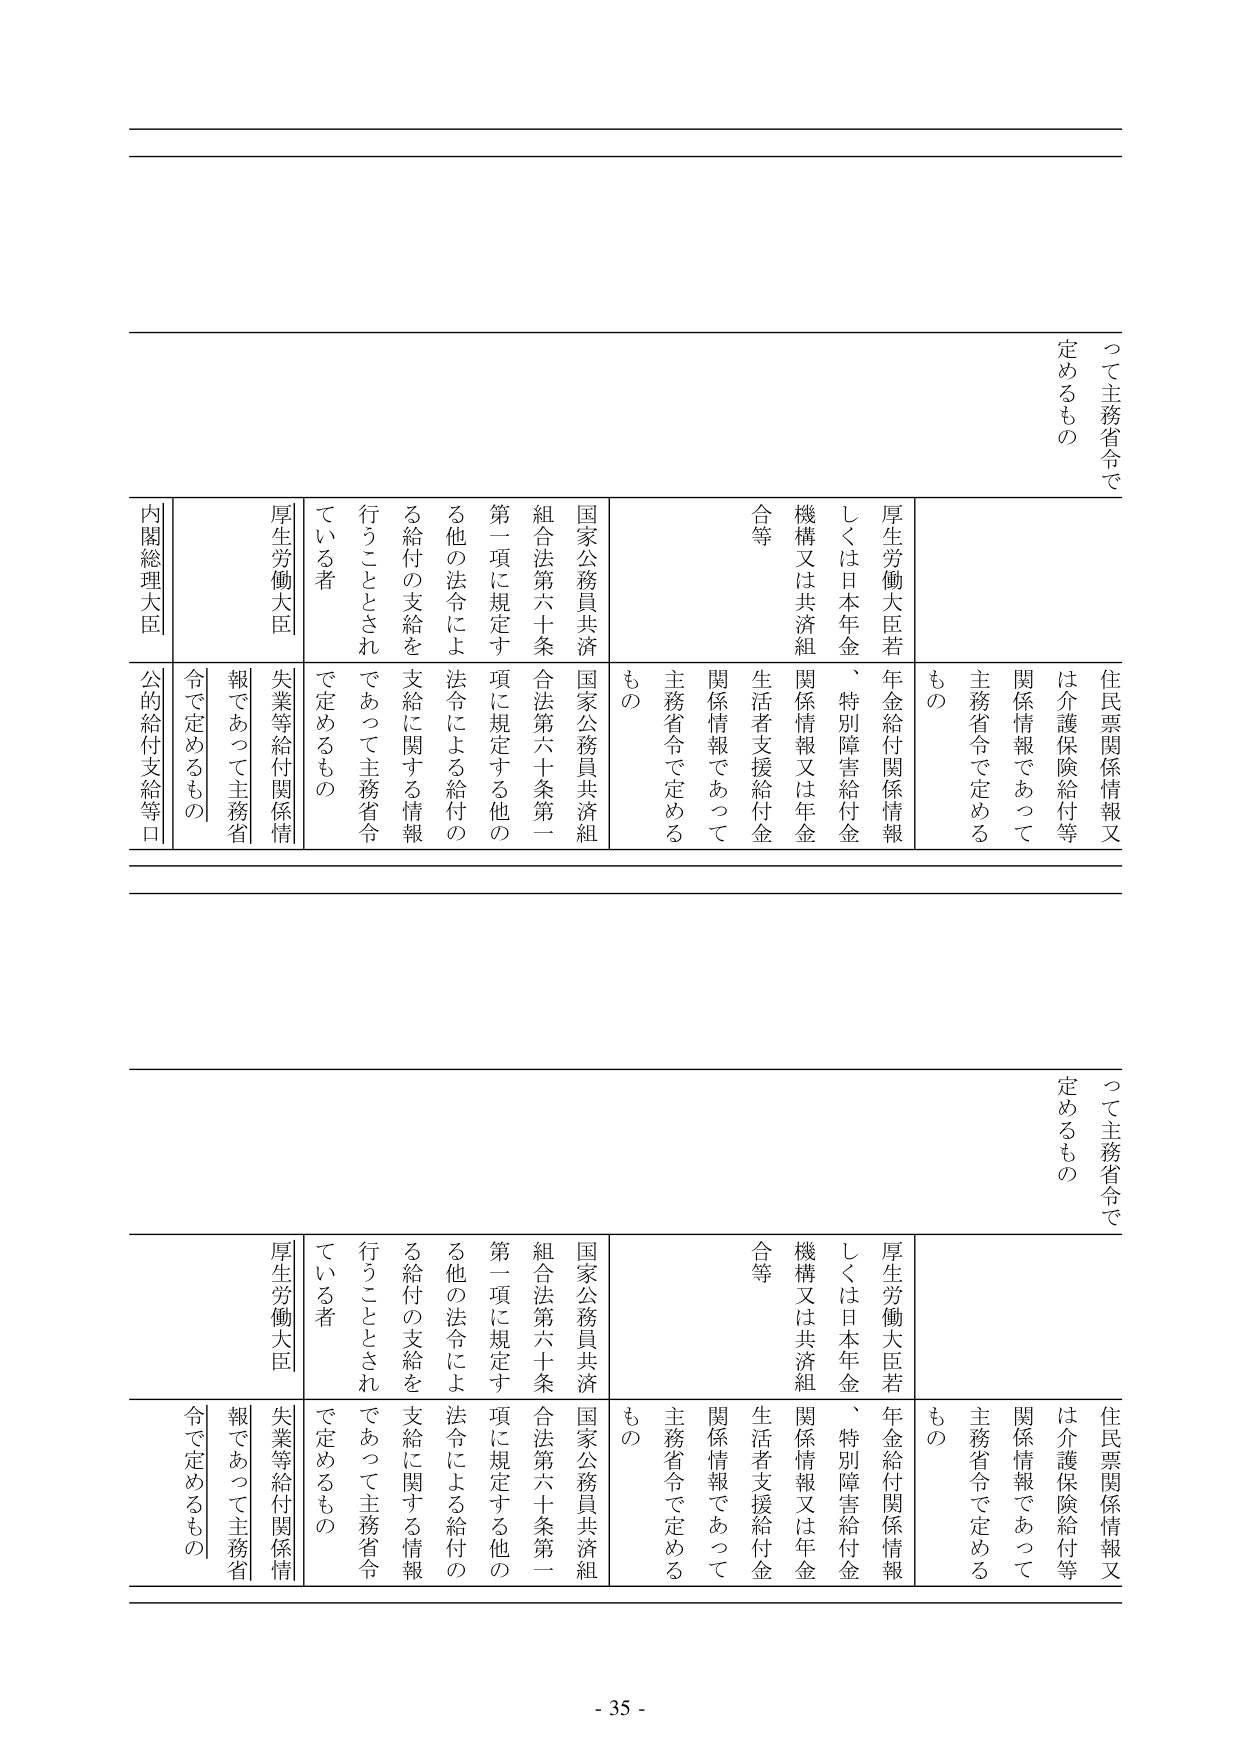
って主務省令で
定めるもの

住民票関係情報又
は介護保険給付等
関係情報であって
主務省令で定める
もの

厚生労働大臣若
しくは日本年金
機構又は共済組
合等
年金給付関係情報
、特別障害給付金
関係情報又は年金
生活者支援給付金
関係情報であって
主務省令で定める
もの

国家公務員共済
組合法第六十条
第一項に規定す
る他の法令によ
る給付の支給を
支給に関する情報
行うこととされ
ている者
で定めるもの

厚生労働大臣
失業等給付関係情
報であって主務省
令で定めるもの

内閣総理大臣
公的給付支給等口

って主務省令で
定めるもの

住民票関係情報又
は介護保険給付等
関係情報であって
主務省令で定める
もの

厚生労働大臣若
しくは日本年金
機構又は共済組
合等
年金給付関係情報
、特別障害給付金
関係情報又は年金
生活者支援給付金
関係情報であって
主務省令で定める
もの

国家公務員共済
組合法第六十条
第一項に規定す
る他の法令によ
る給付の支給を
支給に関する情報
行うこととされ
ている者
で定めるもの

厚生労働大臣
失業等給付関係情
報であって主務省
令で定めるもの

内閣総理大臣
公的給付支給等口

- 35 -